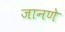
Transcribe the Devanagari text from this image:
जानणे